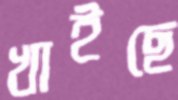
খাইছে